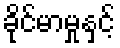
ခိုင်မာမှုနှင့်